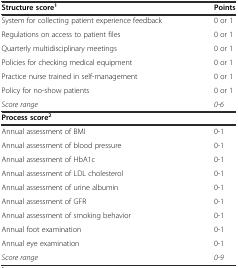
| Structure score1 | Points |
 | --- | --- |
 | System for collecting patient experience feedback | 0 or 1 |
 | Regulations on access to patient files | 0 or 1 |
 | Quarterly multidisciplinary meetings | 0 or 1 |
 | Policies for checking medical equipment | 0 or 1 |
 | Practice nurse trained in self-management | 0 or 1 |
 | Policy for no-show patients | 0 or 1 |
 | Score range | 0-6 |
 | Process score2 |  |
 | Annual assessment of BMI | 0-1 |
 | Annual assessment of blood pressure | 0-1 |
 | Annual assessment of HbA1c | 0-1 |
 | Annual assessment of LDL cholesterol | 0-1 |
 | Annual assessment of urine albumin | 0-1 |
 | Annual assessment of GFR | 0-1 |
 | Annual assessment of smoking behavior | 0-1 |
 | Annual foot examination | 0-1 |
 | Annual eye examination | 0-1 |
 | Score range | 0-9 |